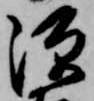
源